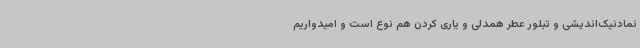
نمادنیک‌اندیشی و تبلور عطر همدلی و یاری کردن هم نوع است و امیدواریم